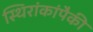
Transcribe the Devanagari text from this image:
स्थिरांकांपैकी